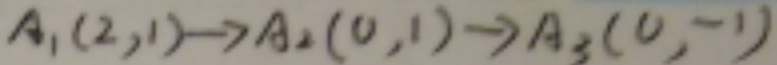
A _ { 1 } ( 2 , 1 ) \rightarrow A _ { 2 } ( 0 , 1 ) \rightarrow A _ { 3 } ( 0 , 1 )